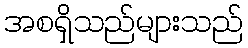
အစရှိသည်များသည်